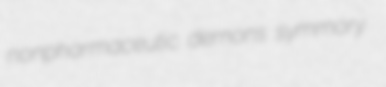
nonpharmaceutic demons symmory